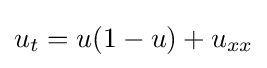
\displaystyle u_{t}=u(1-u)+u_{xx}